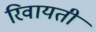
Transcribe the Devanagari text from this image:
रिवायती